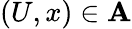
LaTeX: (U,x)\in\mathbf{A}